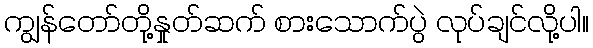
ကျွန်တော်တို့နှုတ်ဆက် စားသောက်ပွဲ လုပ်ချင်လို့ပါ။